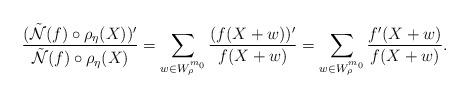
LaTeX: \begin{align*} \dfrac{(\Tilde{\mathcal{N}}(f) \circ \rho_{\eta}(X))'}{\Tilde{\mathcal{N}}(f) \circ \rho_{\eta}(X)} = \sum_{w \in W_{\rho}^{m_0}} \dfrac{(f(X+w))'}{f(X+w)} = \sum_{w \in W_{\rho}^{m_0}} \dfrac{f'(X+w)}{f(X+w)}.\end{align*}